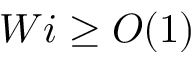
W i \geq O ( 1 )